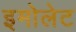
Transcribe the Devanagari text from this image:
इमोलेट